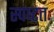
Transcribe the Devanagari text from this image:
स्पष्‍टतः